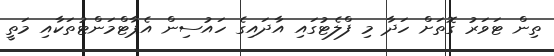
ތިން ޓަވަރު ގޮތަށް ހަދާ މި ފްލެޓުގައި އާދައިގެ ހައުސިން އެޕާޓްމަންޓުތަކާއި މަތީ